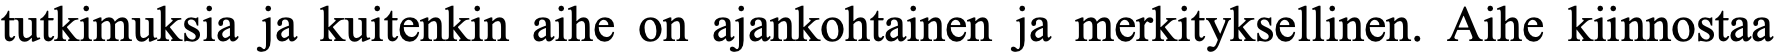
tutkimuksia ja kuitenkin aihe on ajankohtainen ja merkityksellinen. Aihe kiinnostaa